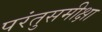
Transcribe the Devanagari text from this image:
परंतुसमीक्षा